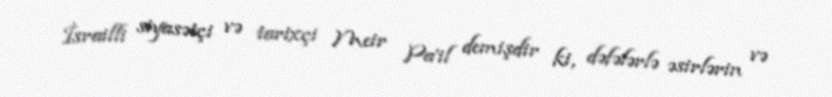
İsrailli siyasətçi və tarixçi Meir Pa'il demişdir ki, dəfələrlə əsirlərin və